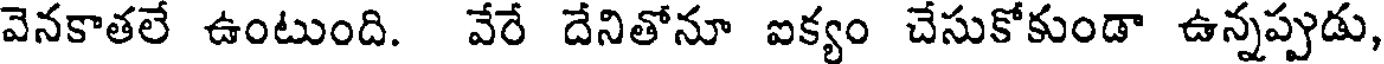
వెనకాతలే ఉంటుంది. వేరే దేనితోనూ ఐక్యం చేసుకోకుండా ఉన్నప్పుడు,